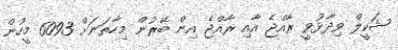
ޝަކީލް ވިދާޅުވީ ރާއްޖެ އާއި ރާއްޖެ އިން ބޭރުން މިހާތަނަށް 6093 މީހުން